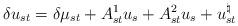
LaTeX: \begin{align*} \delta u_{st} = \delta \mu_{st} + A_{st}^1 u_s + A_{st}^2 u_s + u_{st}^{\natural}\end{align*}